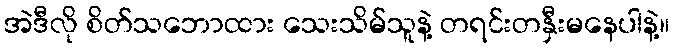
အဲဒီလို စိတ်သဘောထား သေးသိမ်သူနဲ့ တရင်းတနှီးမနေပါနဲ့။